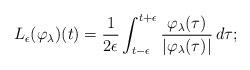
LaTeX: \begin{align*}L_{\epsilon}(\varphi_{\lambda})(t)=\frac{1}{2\epsilon}\int_{t-\epsilon}^{t+\epsilon} \frac{\varphi_\lambda(\tau)}{|\varphi_\lambda(\tau)|}\,d\tau;\end{align*}